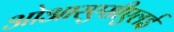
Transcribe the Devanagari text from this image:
ओआरएसीएलई